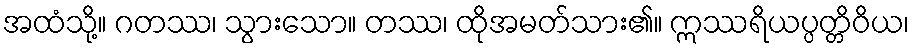
အထံသို့။ ဂတဿ၊ သွားသော။ တဿ၊ ထိုအမတ်သား၏။ ဣဿရိယပ္ပတ္တိဝိယ၊